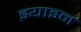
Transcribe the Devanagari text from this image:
इयाइन